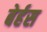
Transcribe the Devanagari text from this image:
बेर्हस